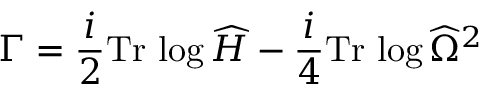
\Gamma = { \frac { i } { 2 } } \mathrm { T r } \, \log \widehat { \cal H } - \frac { i } { 4 } \mathrm { T r } \, \log \widehat { \Omega } ^ { 2 }